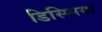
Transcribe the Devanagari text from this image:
डिस्प्निया